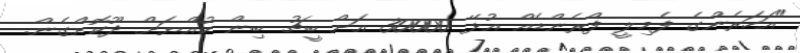
"އަހަރެންގެ ފެމިލީ ފްރެންޑެއް އުޅޭ 30000 އަށް ބީޗު ބިން ކުއްޔަށް ދޫކޮށްގެން.